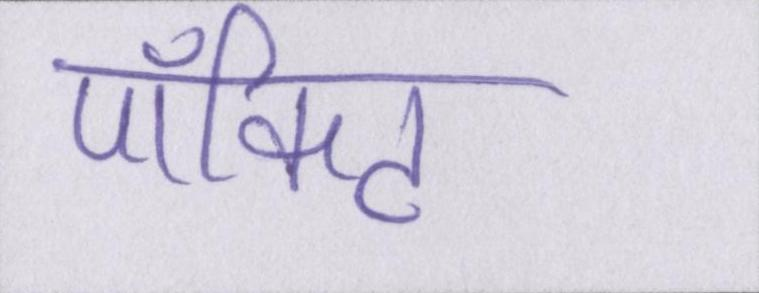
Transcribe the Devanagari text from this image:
पॉकिट